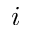
i